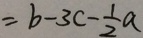
= b - 3 c - \frac { 1 } { 2 } a